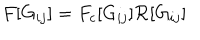
LaTeX: F [ G _ { i j } ] = F _ { c } [ G _ { i j } ] \mathcal R [ G _ { i j } ]